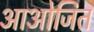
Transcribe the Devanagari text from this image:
आओजित